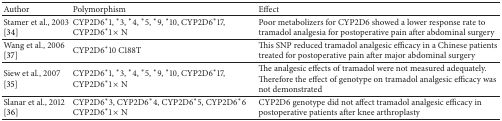
<table><thead><tr><td><b>Author</b></td><td><b>Polymorphism</b></td><td><b>Effect</b></td></tr></thead><tbody><tr><td>Stamer et al., 2003 [34]</td><td>CYP2D6<sup>∗</sup>1, <sup>∗</sup>3, <sup>∗</sup>4, <sup>∗</sup>5, <sup>∗</sup>9, <sup>∗</sup>10, CYP2D6<sup>∗</sup>17, CYP2D6<sup>∗</sup>1 × N</td><td>Poor metabolizers for CYP2D6 showed a lower response rate to tramadol analgesia for postoperative pain after abdominal surgery</td></tr><tr><td>Wang et al., 2006 [37]</td><td>CYP2D6<sup>∗</sup>10 C188T</td><td>This SNP reduced tramadol analgesic efficacy in a Chinese patients treated for postoperative pain after major abdominal surgery</td></tr><tr><td>Siew et al., 2007 [35]</td><td>CYP2D6<sup>∗</sup>1, <sup>∗</sup>3, <sup>∗</sup>4, <sup>∗</sup>5, <sup>∗</sup>9, <sup>∗</sup>10, CYP2D6<sup>∗</sup>17, CYP2D6<sup>∗</sup>1 × N</td><td>The analgesic effects of tramadol were not measured adequately. Therefore the effect of genotype on tramadol analgesic efficacy was not demonstrated</td></tr><tr><td>Slanar et al., 2012 [36]</td><td>CYP2D6<sup>∗</sup>3, CYP2D6<sup>∗</sup>4, CYP2D6<sup>∗</sup>5, CYP2D6<sup>∗</sup>6CYP2D6<sup>∗</sup>1 × N</td><td>CYP2D6 genotype did not affect tramadol analgesic efficacy in postoperative patients after knee arthroplasty</td></tr></tbody></table>